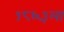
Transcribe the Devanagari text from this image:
१८६३ला